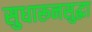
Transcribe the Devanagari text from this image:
सुधारूनसुद्धा